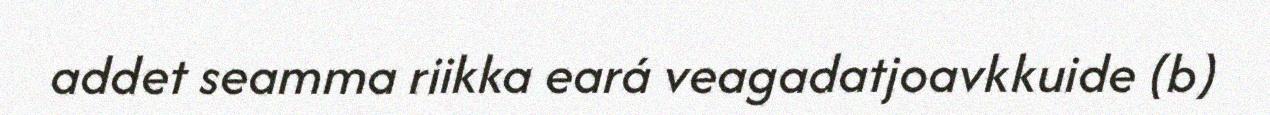
addet seamma riikka eará veagadatjoavkkuide (b)